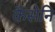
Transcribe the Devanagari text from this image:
कैसेनि